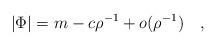
LaTeX: \begin{align*}\lvert\Phi\rvert = m - c\rho^{-1}+o(\rho^{-1})\quad,\end{align*}